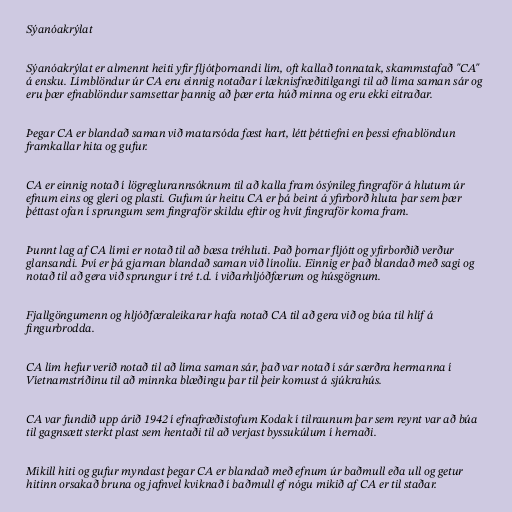
Sýanóakrýlat

Sýanóakrýlat er almennt heiti yfir fljótþornandi lím, oft kallað tonnatak, skammstafað "CA"
á ensku. Límblöndur úr CA eru einnig notaðar í læknisfræðitilgangi til að líma saman sár og
eru þær efnablöndur samsettar þannig að þær erta húð minna og eru ekki eitraðar.

Þegar CA er blandað saman við matarsóda fæst hart, létt þéttiefni en þessi efnablöndun
framkallar hita og gufur.

CA er einnig notað í lögreglurannsóknum til að kalla fram ósýnileg fingraför á hlutum úr
efnum eins og gleri og plasti. Gufum úr heitu CA er þá beint á yfirborð hluta þar sem þær
þéttast ofan í sprungum sem fingraför skildu eftir og hvít fingraför koma fram.

Þunnt lag af CA lími er notað til að bæsa tréhluti. Það þornar fljótt og yfirborðið verður
glansandi. Því er þá gjarnan blandað saman við línolíu. Einnig er það blandað með sagi og
notað til að gera við sprungur í tré t.d. í viðarhljóðfærum og húsgögnum.

Fjallgöngumenn og hljóðfæraleikarar hafa notað CA til að gera við og búa til hlíf á
fingurbrodda.

CA lím hefur verið notað til að líma saman sár, það var notað í sár særðra hermanna í
Víetnamstríðinu til að minnka blæðingu þar til þeir komust á sjúkrahús.

CA var fundið upp árið 1942 í efnafræðistofum Kodak í tilraunum þar sem reynt var að búa
til gagnsætt sterkt plast sem hentaði til að verjast byssukúlum í hernaði.

Mikill hiti og gufur myndast þegar CA er blandað með efnum úr baðmull eða ull og getur
hitinn orsakað bruna og jafnvel kviknað í baðmull ef nógu mikið af CA er til staðar.